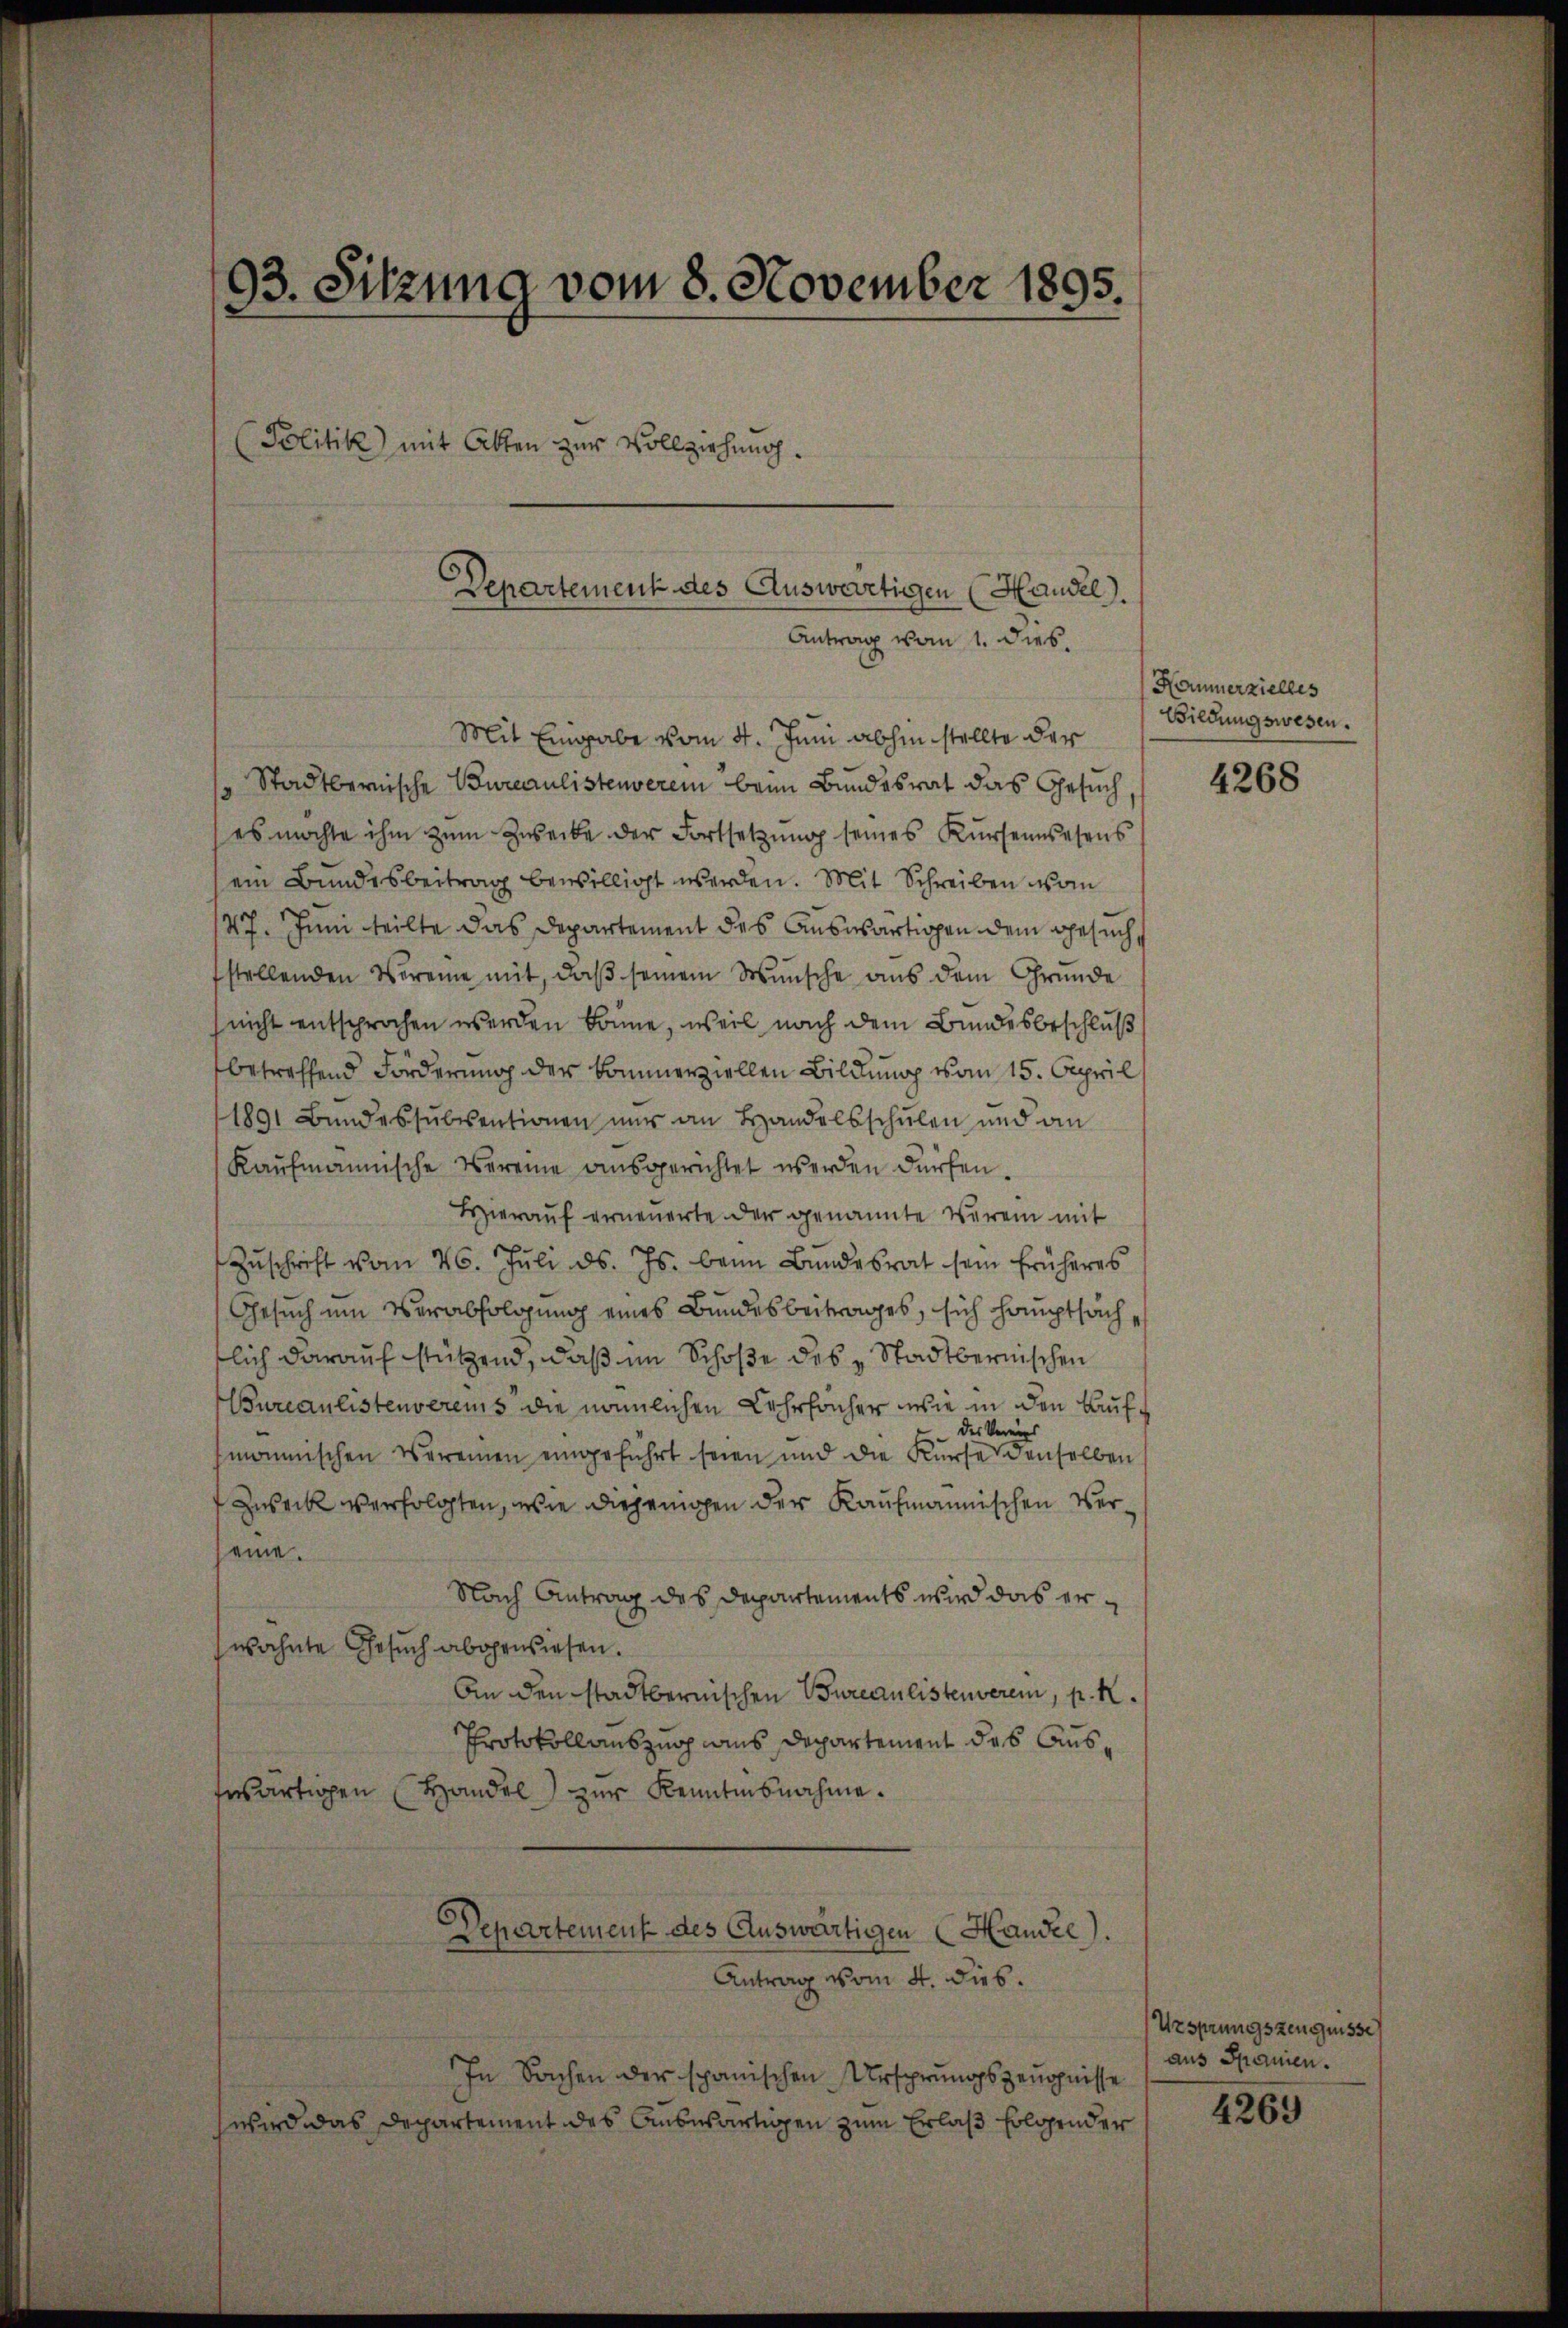
Mit Eingabe vom 4. Juni abhin stellte der
Stadtbernische Bureaulistenverei beim Bundesrat das Gesuch
es möchte ihm zum Zwecke der Fortsetzung seines Kursenwesens
ein Bundesbeitrag bewilligt werden. Mit Schreiben von
47. Juni teilte das Departement des Auswärtigen dem Gesuch,
fstellenden Vereine mit, daß seinem Wunsche aus dem Gründe
nicht entsprochen werden könne, weil nach dem Bundesbeschluß
betreffend Forderung der kommerziellen Bildung vom 15. April
1891 Bundessubventionen nur an Handelsschulen und an
Kaufmännische Vereine ausgerichtet werden dürfen.
Hierauf erneuerte der genannte Verein mit
Zŭschrift vom 26. Jŭli d. Js. beim Bŭndesrat sein früheres
Gesuch um Verabfolgung eines Bundesbeitrages, sich hauptsächtlich darauf stützend, daß im Schoße des Stadtbernischen
Bureaulistenvereis die nämlichen Lehrfacher wie in den Aufdes Vereins
monischen Vereinen eingeführt seien und die Kurse denselben
 Zweck verfolgten, wie diejenigen der Kaufmännischen Verseine.
Nach Antrag des Departements wird das erwähnte Gesuch abgewiesen.
An den stadtbernischen Bureaulistenverein, p. K.
Protokollauszug aus Departement des Ausfwärtigen Handel zur Kenntnisnahme.
Departement des Auswärtigen Handee).
Antrag vom 4. dies.
In Sachen der spanischen Ursprungszeugnisse
wird das Departement des Auswärtigen zum Erlaß folgender

.
3. Sitzung vom 8. November 1895.
Politik mit Akten zur Vollziehung.
Departement des Auswärtigen (Handel.

Antrag vom 1. dies.

Hommerzielles
Bildungswesen.

4268

Ursprungszeugnisse
aus Spanien.

4269